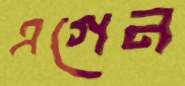
এগেন